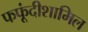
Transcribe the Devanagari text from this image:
फफूंदीशामिल